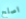
اصلح